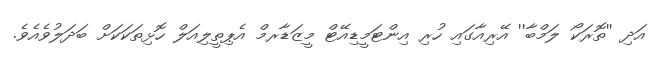
އަދި ''ތޮރަކޯ ލަމްބާ'' އޭރިއާގައި ހުރި އިންޓަމީޑިއޭޓް މީޒަޑާރމް އެޕިތީލިއަލް ހޮޅިތަކަކަށް ބަދަލުވެއެވެ.